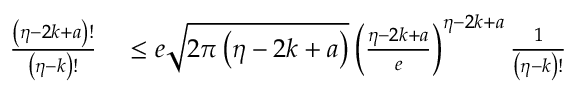
\begin{array} { r l } { \frac { \left( \eta - 2 k + a \right) ! } { \left( \eta - k \right) ! } } & { { } \leq e \sqrt { 2 \pi \left( \eta - 2 k + a \right) } \left( \frac { \eta - 2 k + a } { e } \right) ^ { \eta - 2 k + a } \frac { 1 } { \left( \eta - k \right) ! } } \end{array}